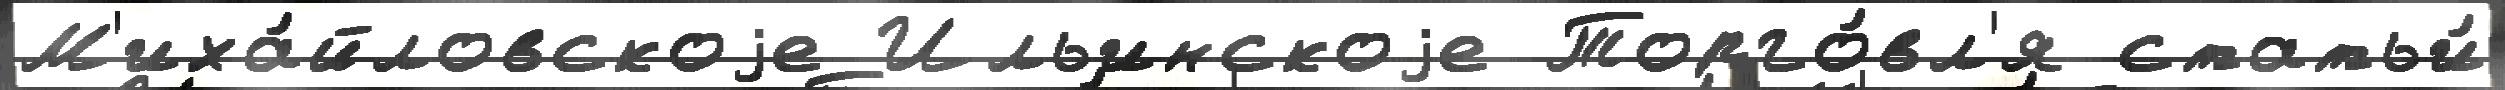
М'иха́йловскоjе Ильинскоjе Торго́вл'я статьи́